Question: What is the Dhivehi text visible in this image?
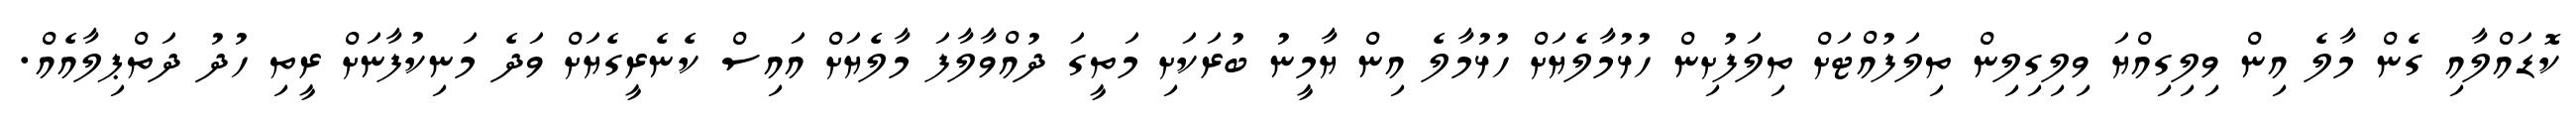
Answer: ކޮޑައްލާއި ގެން މާލެ އިން ވިލިގިއްޔަ ވިލިގިލިން ތިލަފުއްޓަށް ތިލަފުށިން ހުޅުމާލެޔަށް ހުޅުމާލެ އިން ޔާމީނު ބުރަކަށި މަތީގަ ދުއްވާލާފަ މާލެޔަށް އައިސް ކެނެރީގެޔަށް ވަދެ މަނިކުފާނަށް ރީތި ހުދު ދަތްޕިލާއެއް.